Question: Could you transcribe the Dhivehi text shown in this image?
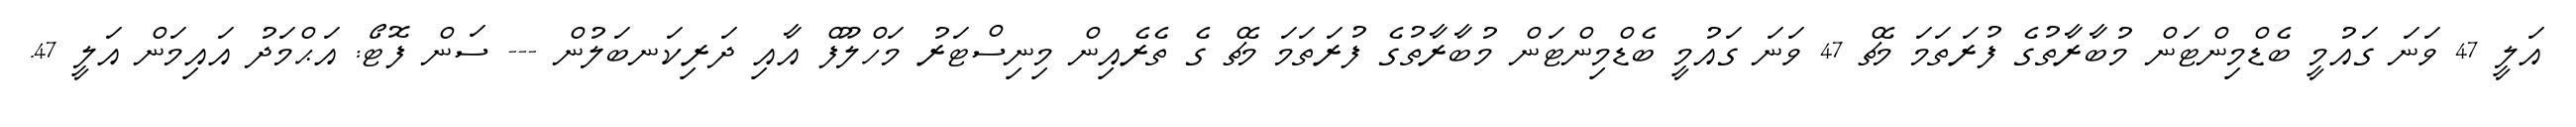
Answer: އަލީ 47 ވަނަ ގައުމީ ބެޑްމިންޓަން މުބާރާތުގެ ފުރަތަމަ މެޗް 47 ވަނަ ގައުމީ ބެޑްމިންޓަން މުބާރާތުގެ ފުރަތަމަ މެޗް ގެ ތެރެއިން މިނިސްޓަރު މަހްލޫފް އާއި ދަރިކަނބަލުން --- ސަން ފޮޓޯ: އަޙްމަދު އައިމަން އަލީ 47.